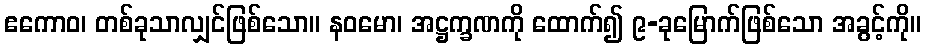
ဧကောဝ၊ တစ်ခုသာလျှင်ဖြစ်သော။ နဝမော၊ အဋ္ဌက္ခဏကို ထောက်၍ ၉-ခုမြောက်ဖြစ်သော အခွင့်ကို။